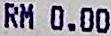
RM 0.00